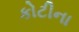
કોટીના